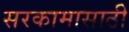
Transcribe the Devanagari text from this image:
सरकामासाठी